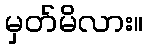
မှတ်မိလား။